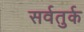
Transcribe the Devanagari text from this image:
सर्वतुर्क